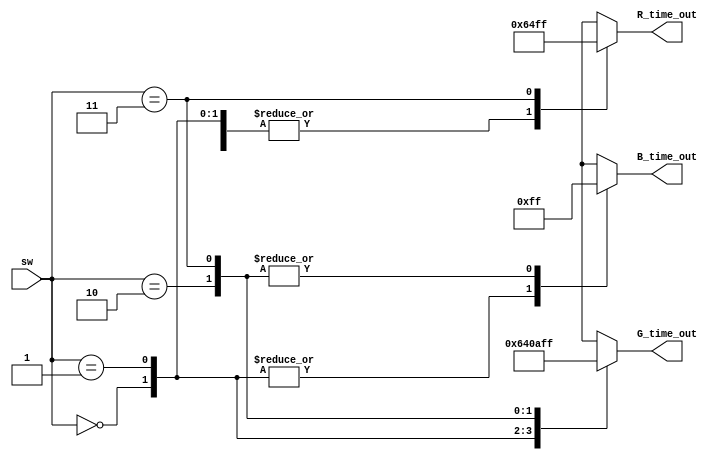
module PWM_Decoder (
  input  [1:0] sw,
  output reg [7:0] R_time_out,
  output reg [7:0] G_time_out,
  output reg [7:0] B_time_out
);

  always @ ( * ) begin
    case (sw)
      2'b00: begin
        R_time_out = 8'd100;
        G_time_out = 8'd0;
        B_time_out = 8'd0;
      end
      2'b01: begin
        R_time_out = 8'd100;
        G_time_out = 8'd100;
        B_time_out = 8'd0;
      end
      2'b10: begin
        R_time_out = 8'd100;
        G_time_out = 8'd10;
        B_time_out = 8'd255;
      end
      2'b11: begin
        R_time_out = 8'd255;
        G_time_out = 8'd255;
        B_time_out = 8'd255;
      end
      default: begin
        R_time_out = 8'd0;
        G_time_out = 8'd0;
        B_time_out = 8'd0;
      end
    endcase
  end

endmodule // Decoder